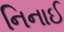
નિનાઈ